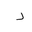
Letter: _dal